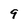
Character: 9